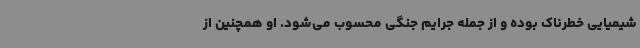
شیمیایی خطرناک بوده و از جمله جرایم جنگی محسوب می‌شود. او همچنین از